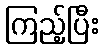
ကြည့်ပြီး